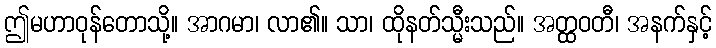
ဤမဟာဝုန်တောသို့။ အာဂမာ၊ လာ၏။ သာ၊ ထိုနတ်သ္မီးသည်။ အတ္ထဝတီ၊ အနက်နှင့်